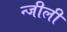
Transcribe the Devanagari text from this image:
न्जीली